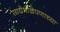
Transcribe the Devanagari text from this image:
साधेभोळेपणाच्या